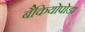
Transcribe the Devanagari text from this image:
बैकियोपोडा